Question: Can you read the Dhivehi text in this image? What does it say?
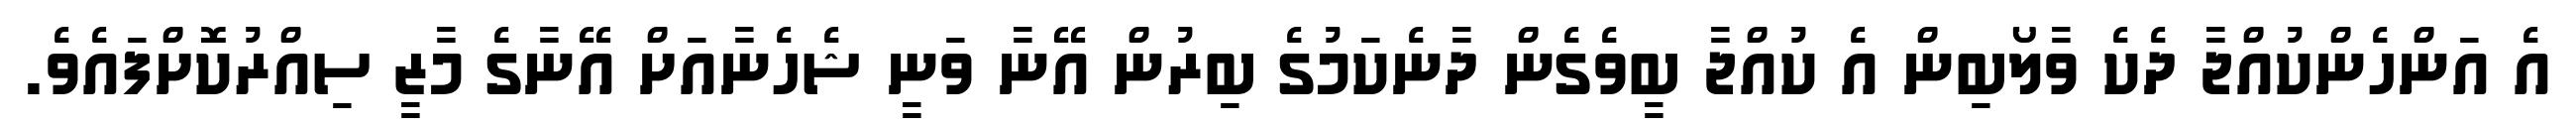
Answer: އެ އަންހެންކުއްޖާ ދެކެ ވާލޯބިން އެ ކުއްޖާ ބީވެގެން ދާނެކަމުގެ ބިރުން އޭނާ ވަނީ ޝެހެނާއަށް އޭނާގެ މާޒީ ސިއްރުކޮށްފައެވެ.